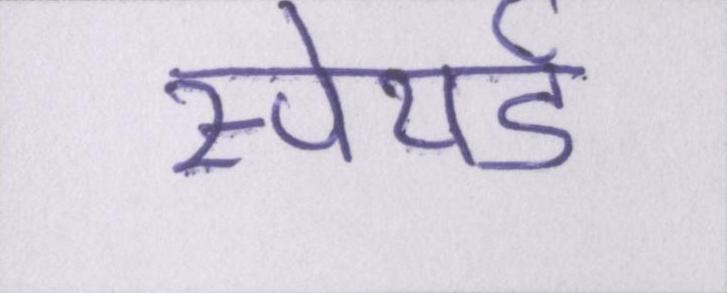
स्पेयर्ड